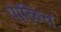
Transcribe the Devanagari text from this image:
पाळित